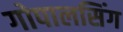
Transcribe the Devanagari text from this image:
गोपालसिंग